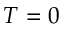
T = 0